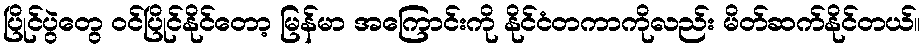
ပြိုင်ပွဲတွေ ဝင်ပြိုင်နိုင်တော့ မြန်မာ အကြောင်းကို နိုင်ငံတကာကိုလည်း မိတ်ဆက်နိုင်တယ်။